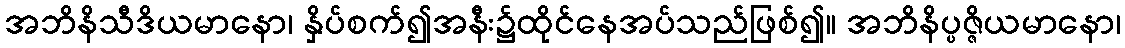
အဘိနိသီဒိယမာနော၊ နှိပ်စက်၍အနီး၌ထိုင်နေအပ်သည်ဖြစ်၍။ အဘိနိပ္ပဇ္ဇိယမာနော၊